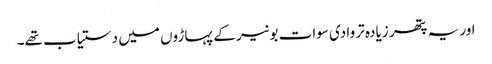
اور یہ پتھر زیادہ تر وادی سوات بونیر کے پہاڑوں میں دستیاب تھے۔